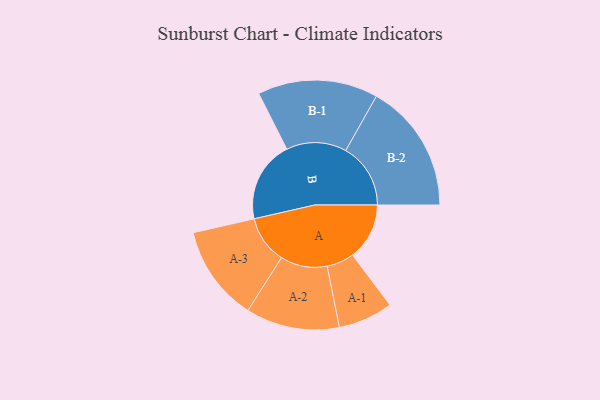
{"axis": {"x": "Segment", "y": "Value"}, "legend": ["", "A", "B"], "data": [{"x": "A", "y": 255, "type": ""}, {"x": "B", "y": 365, "type": ""}, {"x": "A-1", "y": 123, "type": "A"}, {"x": "A-2", "y": 210, "type": "A"}, {"x": "A-3", "y": 215, "type": "A"}, {"x": "B-1", "y": 270, "type": "B"}, {"x": "B-2", "y": 291, "type": "B"}]}